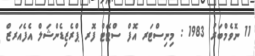
11 ނޮވެމްބަރު 1983 : މިނިސްޓަރ އޮފް ސްޓޭޓް ފޮރ ޕްރެޒިޑެންޝަލް އެފެއަރޒް